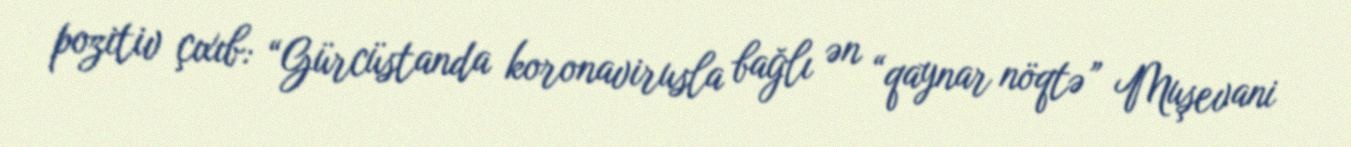
pozitiv çıxıb: “Gürcüstanda koronavirusla bağlı ən “qaynar nöqtə” Muşevani